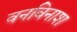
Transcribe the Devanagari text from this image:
वनविनाश